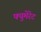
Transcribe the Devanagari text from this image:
फ्युमेरेट